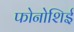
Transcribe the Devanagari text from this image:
फोनोशिई